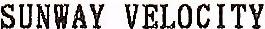
SUNWAY VELOCITY